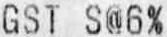
GST S@6%